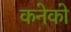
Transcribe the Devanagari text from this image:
कनेको